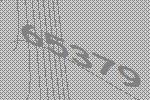
65379